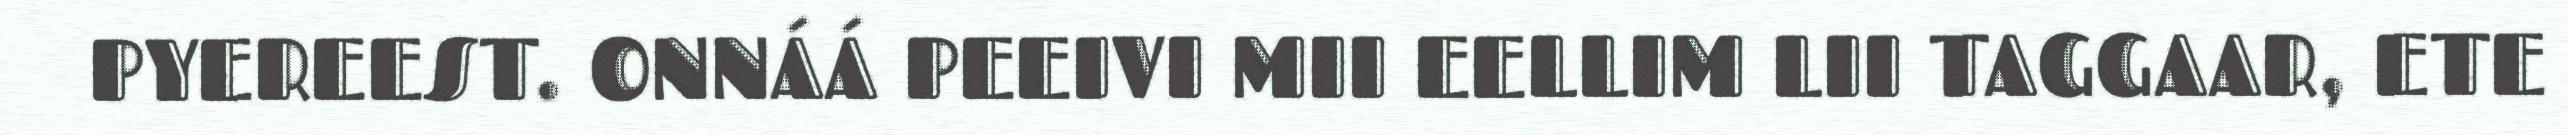
PYEREEST. ONNÁÁ PEEIVI MII EELLIM LII TAGGAAR, ETE